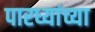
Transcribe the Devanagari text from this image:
पारध्यांच्या